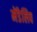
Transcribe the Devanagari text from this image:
मेंडेलिव